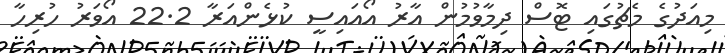
މިއަދުގެ މެޗުގައި ޓޮސް ދިމާވުމުން އާރު އޯއައިސީ ކުޅެންއަރާ 22.2 އޯވަރު ހުރިހާ